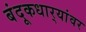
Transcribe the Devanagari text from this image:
बंदूकधार्‍यांवर